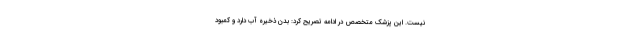
نیست. این پزشک متخصص در ادامه تصریح کرد: بدن ذخیره آب دارد و کمبود